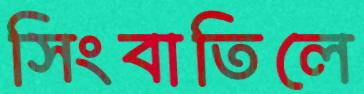
সিংবাতিলে